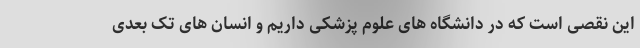
این نقصی است که در دانشگاه های علوم پزشکی داریم و انسان های تک بعدی